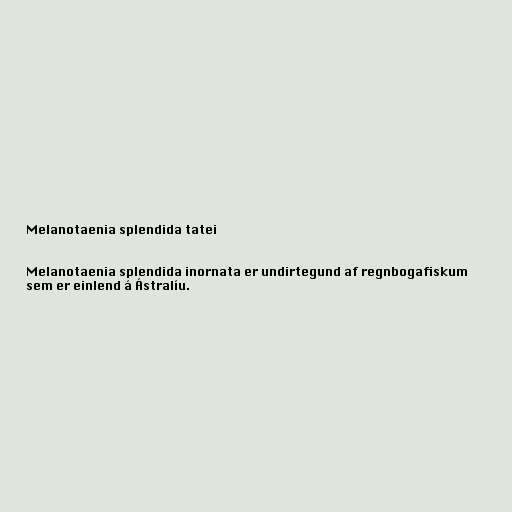
Melanotaenia splendida tatei

Melanotaenia splendida inornata er undirtegund af regnbogafiskum
sem er einlend á Ástralíu.